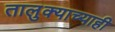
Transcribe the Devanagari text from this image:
तालुक्याच्याही